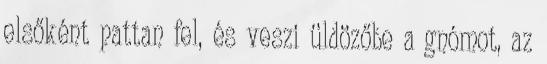
elsőként pattan fel, és veszi üldözőbe a gnómot, az